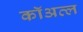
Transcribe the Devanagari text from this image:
कॉअत्ल